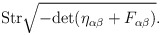
\begin{align*}{\rm Str} \sqrt{-{\rm det} ( \eta_{\alpha\beta} + F_{\alpha\beta})}.\end{align*}